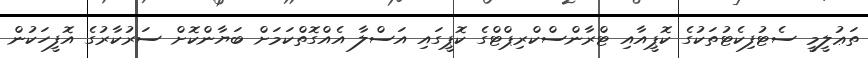
ތަޢުލީމީ ސެޓުފިކެޓުތަކުގެ ކޮޕީއާއި ޓްރާންސްކްރިޕްޓްގެ ކޮޕީގައި އަސްލާ އެއްގޮތްކަމަށް ބަޔާންކޮށް ސަރުކާރުގެ އޮފީހަކުން